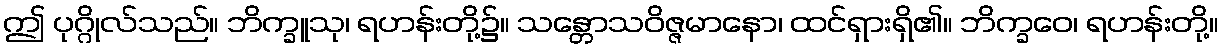
ဤ ပုဂ္ဂိုလ်သည်။ ဘိက္ခူသု၊ ရဟန်းတို့၌။ သန္တောသဝိဇ္ဇမာနော၊ ထင်ရှားရှိ၏။ ဘိက္ခဝေ၊ ရဟန်းတို့။